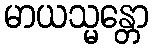
မာယသ္မန္တော